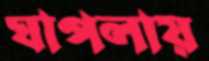
ঘাপলায়